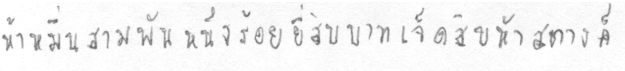
ห้าหมื่นสามพันหนึ่งร้อยยี่สิบบาทเจ็ดสิบห้าสตางค์